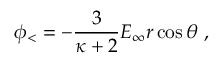
\phi _ { < } = - { \frac { 3 } { \kappa + 2 } } E _ { \infty } r \cos \theta \ ,